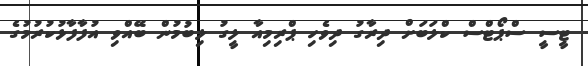
ޓީސީ ސްޕޯޓްސް ކްލަބަށް ދިރާގު ދިވެހި ޕްރިމިއާ ލީގު ލިބުމުން ބޭއްވި އުފާފާޅުކުރުމުގެ